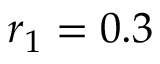
r _ { 1 } = 0 . 3